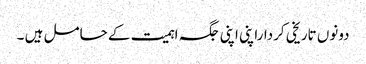
دونوں تاریخی کرداراپنی اپنی جگہ اہمیت کے حامل ہیں ۔